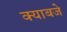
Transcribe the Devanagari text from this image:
क्याबजे